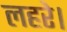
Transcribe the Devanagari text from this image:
लहरे।